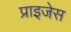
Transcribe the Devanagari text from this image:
प्राइजेस